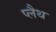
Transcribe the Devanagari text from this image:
प्लैथ